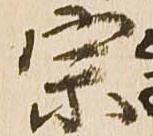
宗